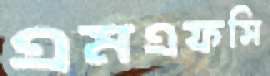
এমএফসি